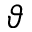
\vartheta